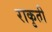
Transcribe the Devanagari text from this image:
राकृती